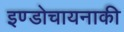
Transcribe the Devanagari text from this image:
इण्डोचायनाकी